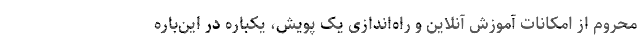
محروم از امکانات آموزش آنلاین و راه‌اندازی یک پویش، یکباره در این‌باره